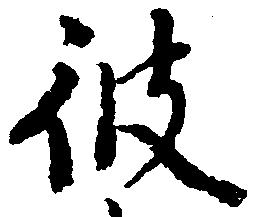
彼